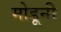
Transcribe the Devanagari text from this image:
मोडूनी